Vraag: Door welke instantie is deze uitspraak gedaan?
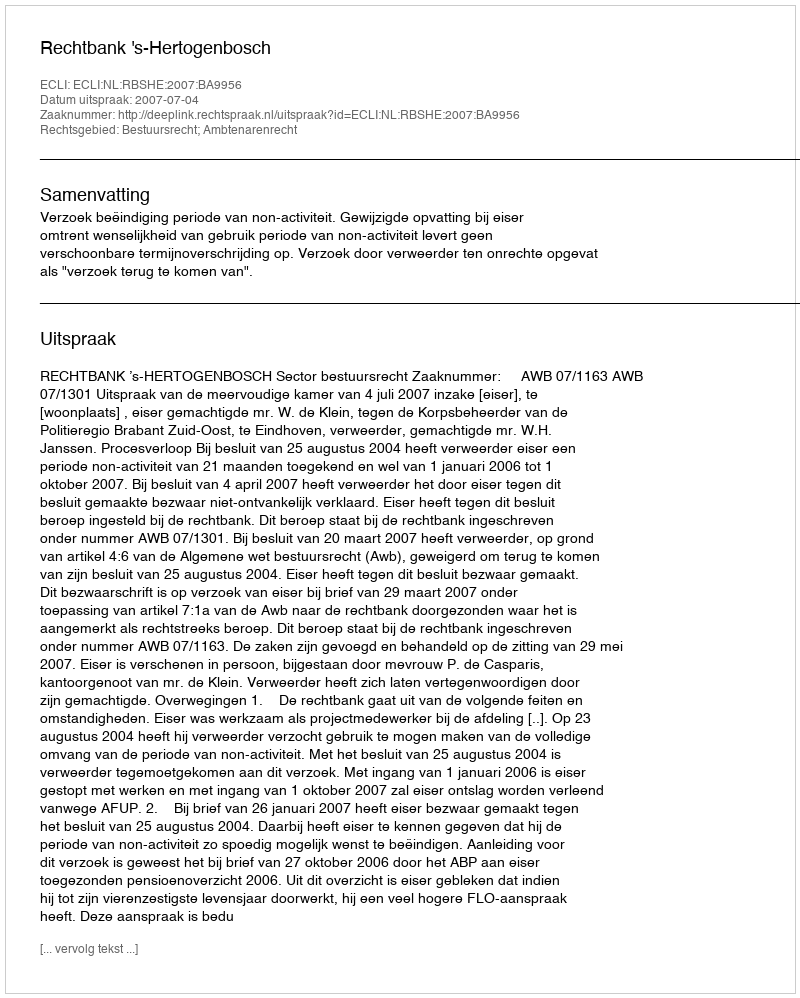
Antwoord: Rechtbank 's-Hertogenbosch